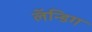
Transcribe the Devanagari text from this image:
लॅन्डिग